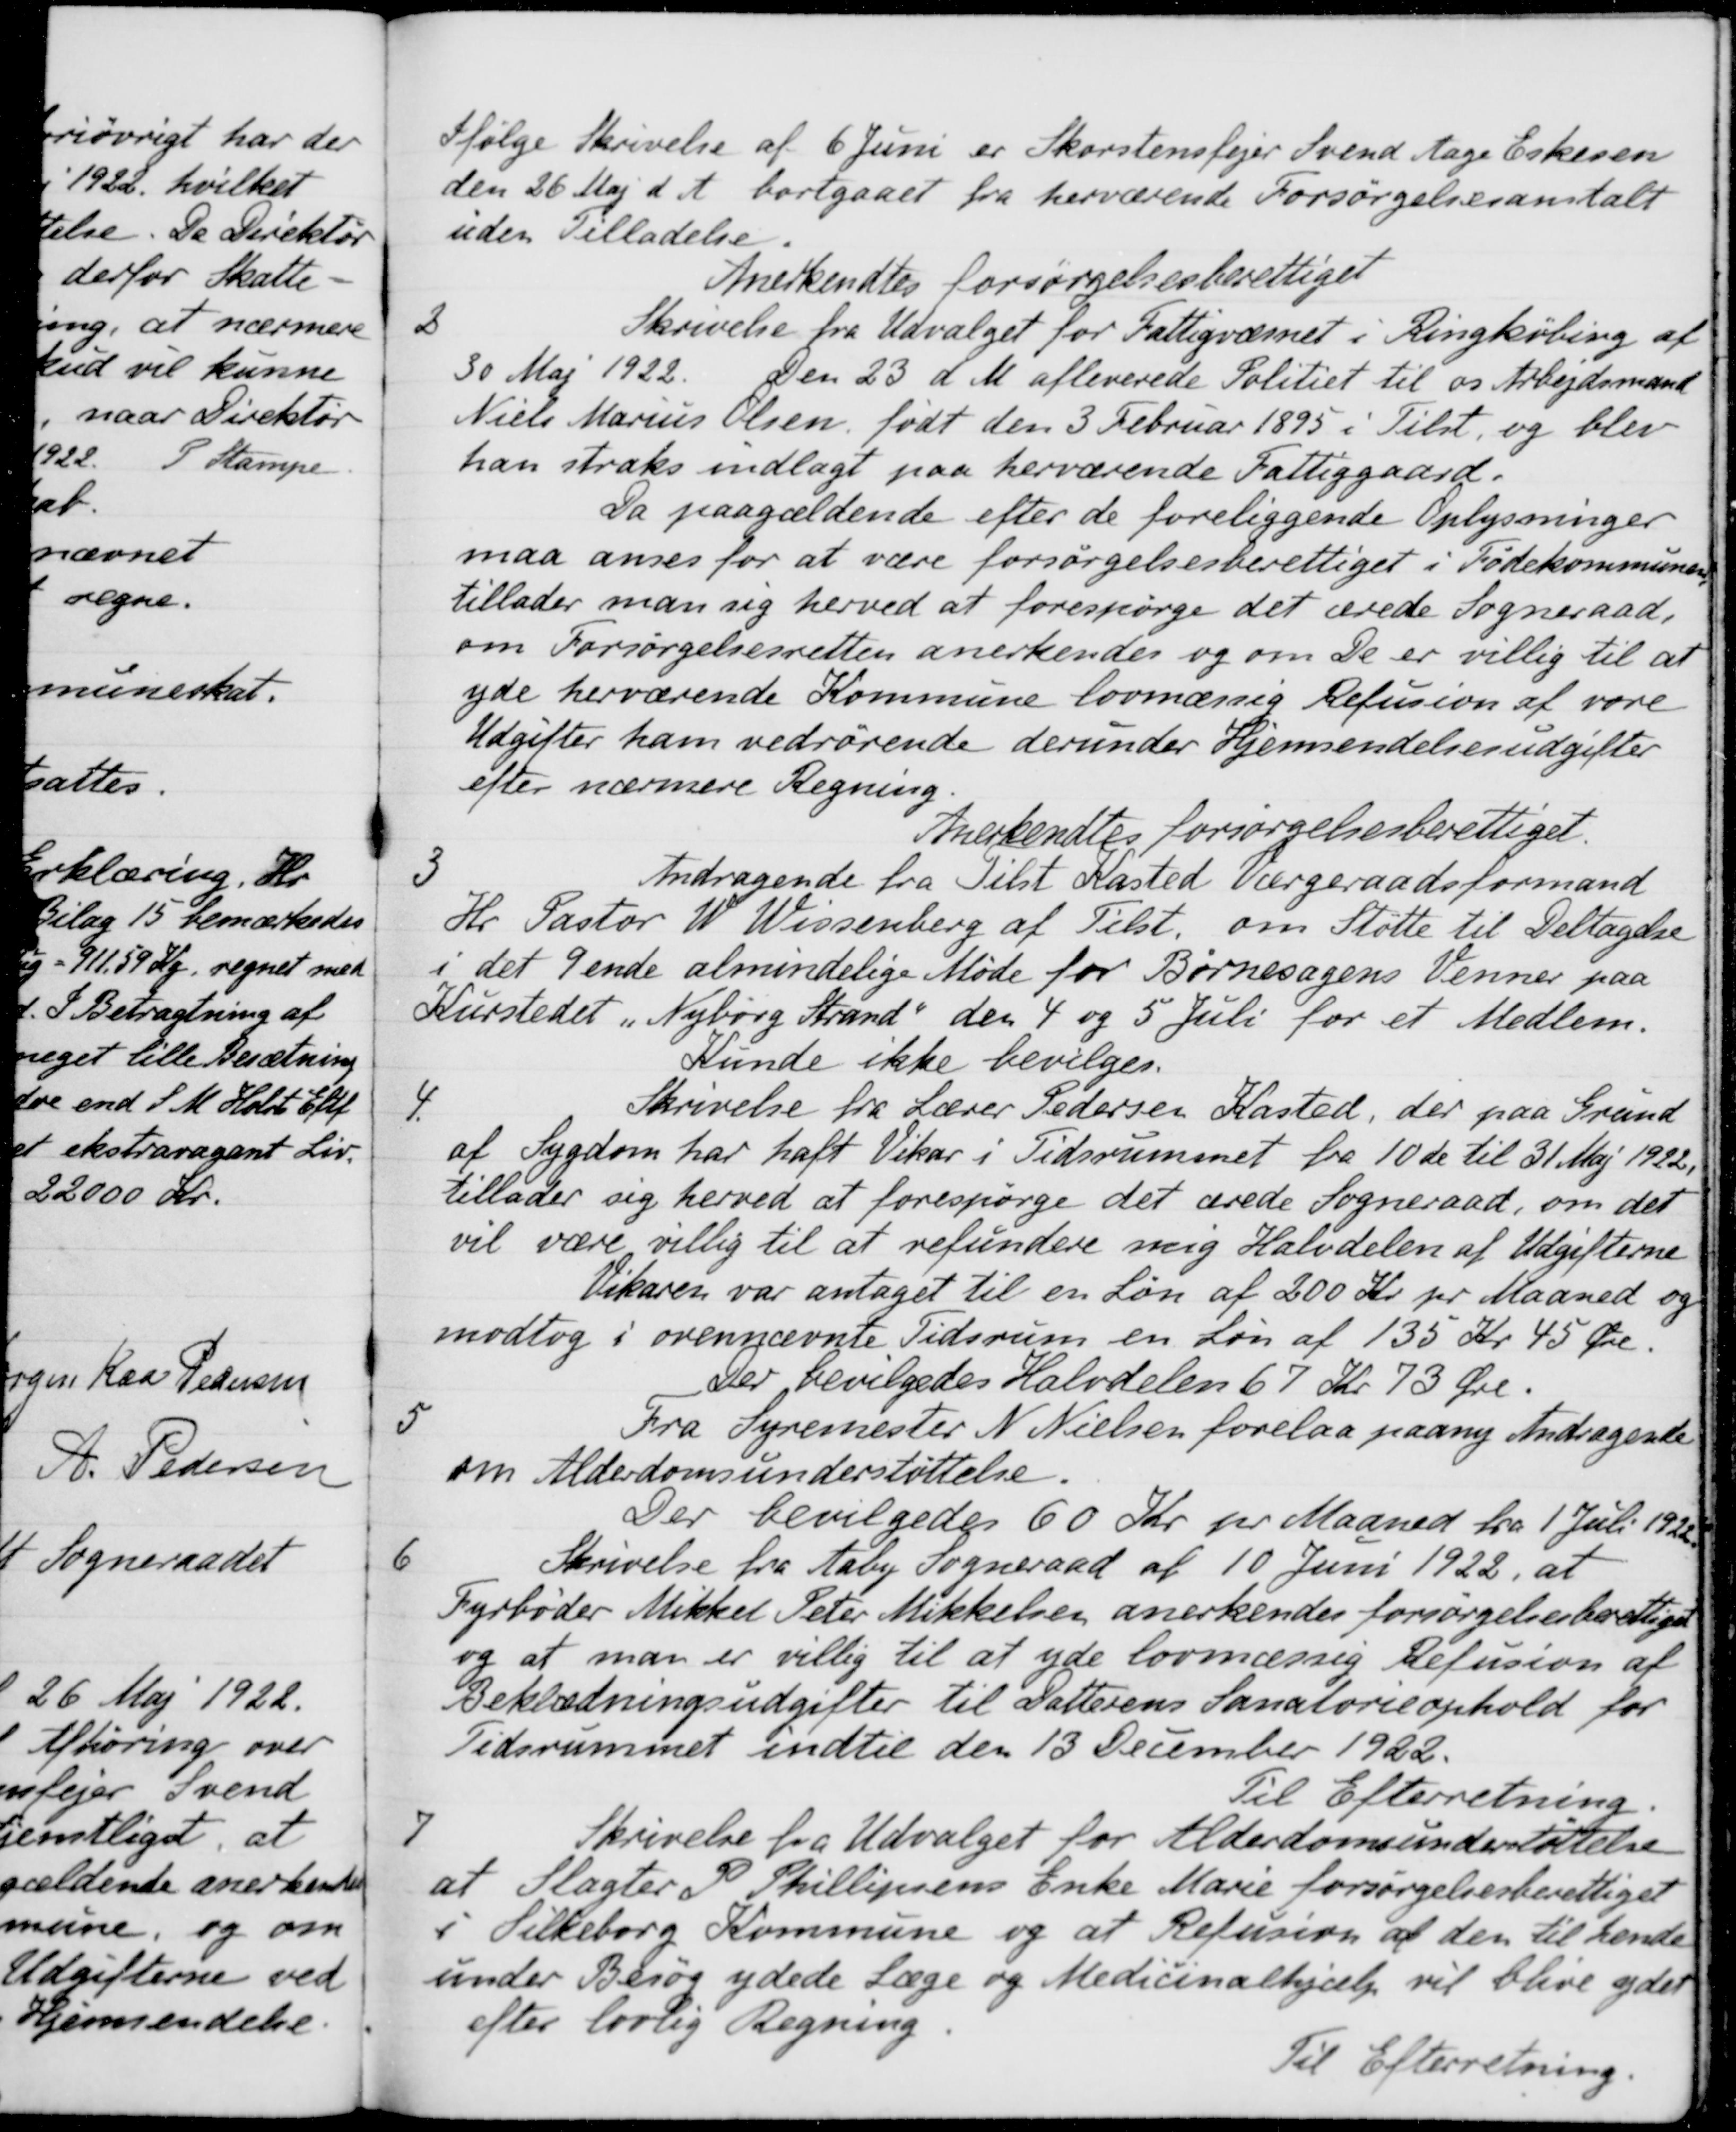
Transskription:
Ifølge Skrivelse af 6 Juni er Skorstensfejer Svend Aage Eskesen
den 26 Maj d. A. bortgaaet fra herværende Forsørgelsesanstalt
uden Tilladelse
Anerkendtes forsørgelsesberettiget
2
Skrivelse fra Udvalget for Fattigvæsnet i Ringkøbing af
30 Maj 1922. Den 23 d M afleverede Politiet til os Arbejdsmand
Niels Marius Olsen, født den 3 Februar 1895 i Tilst, og blev
han straks indlagt paa herværende Fattiggaard.
Da paagældende efter de foreliggende Oplysninger
maa anses for at være forsørgelsesberettiget i Fødekommunen
tillader man sig herved at forespørge det ærede Sogneraad,
om Forsørgelsesretten anerkendes og om De er villig til at
yde herværende Kommune lovmæssig Refusion af vore
Udgifter ham vedrørende derunder Hjemsendelsesudgifter
efter nærmere Regning.
Anerkendtes forsørgelsesberettiget.
3
Andragende fra Tilst Kasted Værgeraadsformand
Hr Pastor W. Wissenberg af Tilst. om Støtte til Deltagelse
i det 9ende almindelige Møde for Børnesagens Venner paa
Kurstedet "Nyborg Strand"den 4 og 5 Juli for et Medlem.
Kunde ikke bevilges.
4
Skrivelse fra Lærer Pedersen Kasted, der paa Grund
af Sygdom har haft Vikar i Tidsrummet fra 10 ds til 31 Maj 1922.
tillader sig herved at forespørge det ærede Sogneraad, om det
vil være villig til at refundere mig Halvdelen af Udgifterne
Vikaren var antaget til en Løn af 200 Kr. pr Maaned og
modtog i ovennævnte Tidsrum en Løn af 135 Kr 45 Øre.
Der bevilgedes Halvdelen 67 Kr. 73 Øre.
5
Fra Syremester N. Nielsen forelaa paany Andragende
om Alderdomsunderstøttelse.
Der bevilgedes 60 Kr. pr Maaned fra 1 Juli 1922
6
Skrivelse fra Aaby Sogneraad af 10 Juni 1922, at
Fyrbøder Mikkel Peter Mikkelsen anerkendes forsørgelsesberettiget
og at man er villig til at yde lovmæssig Refusion af
Beklædningsudgifter til Datterens Sanatorieophold for
Tidsrummet indtil den 13 December 1922.
Til Efterretning
7
Skrivelse fra Udvalget for Alderdomsunderstøttelse
at Slagter P. Phillipsens Enke Marie forsørgelsesberettiget
i Silkeborg Kommune og at Refusion af den til hende
under Besøg ydede Læge og Medicinalhjælp vil blive ydet
efter lovlig Regning
Til Efterretning